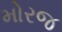
મોરજ